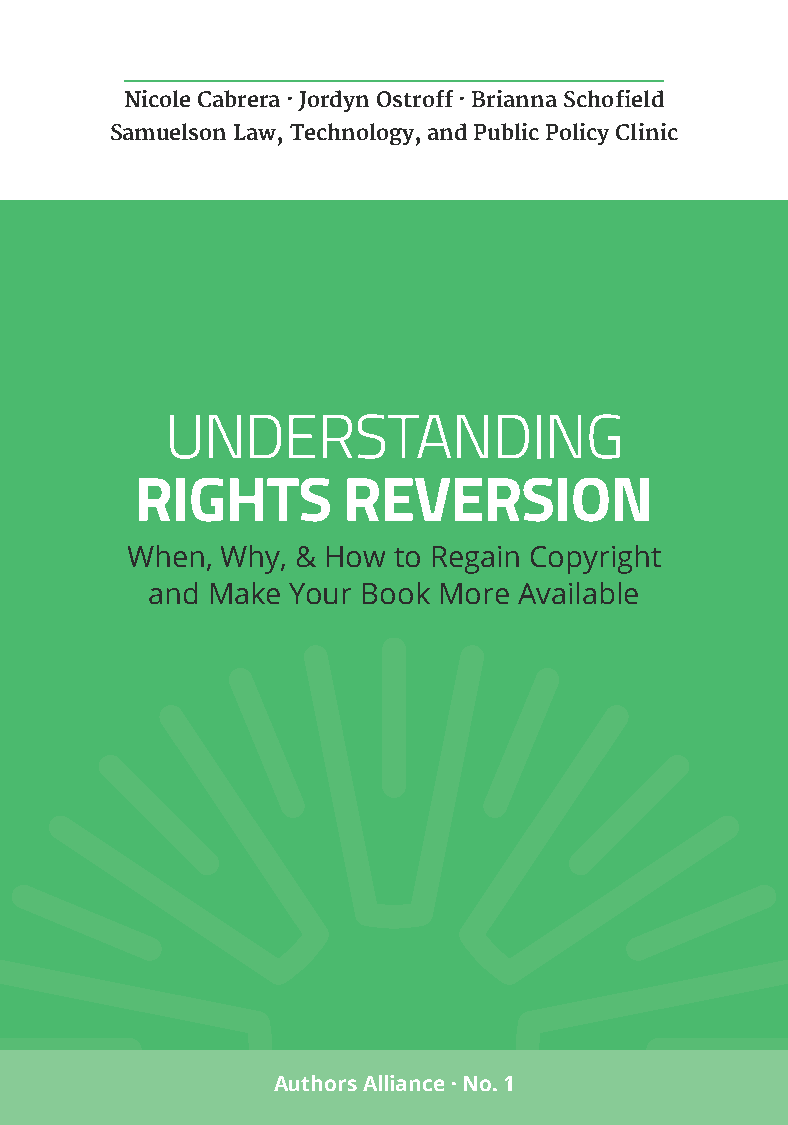
Nicole Cabrera · Jordyn Ostroff · Brianna Schofield
 Samuelson Law, Technology, and Public Policy Clinic
 UNDERSTANDING
 RIGHTS        REVERSION
 When,  Why, & How to Regain Copyright
 and Make Your Book More Available
 Authors Alliance · No. 1